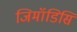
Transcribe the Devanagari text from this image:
जिमॉडिसि